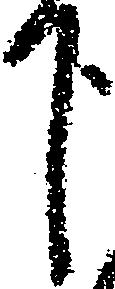
下